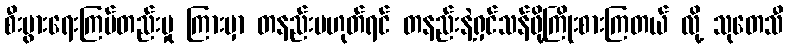
စီးပွားရေးကြပ်တည်းမှု ကြားမှာ တနည်းမဟုတ်ရင် တနည်းနဲ့ရှင်သန်ဖို့ကြိုးစားကြတယ် လို့ သုတေသီ